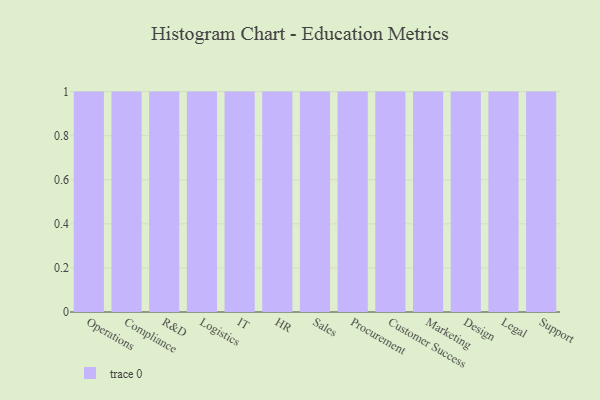
{"axis": {"x": "Department", "y": "Page Views"}, "legend": [""], "data": [{"x": "Operations", "y": 81, "type": ""}, {"x": "Compliance", "y": 10, "type": ""}, {"x": "R&D", "y": 69, "type": ""}, {"x": "Logistics", "y": 93, "type": ""}, {"x": "IT", "y": 51, "type": ""}, {"x": "HR", "y": 32, "type": ""}, {"x": "Sales", "y": 99, "type": ""}, {"x": "Procurement", "y": 70, "type": ""}, {"x": "Customer Success", "y": 48, "type": ""}, {"x": "Marketing", "y": 52, "type": ""}, {"x": "Design", "y": 9, "type": ""}, {"x": "Legal", "y": 78, "type": ""}, {"x": "Support", "y": 10, "type": ""}]}